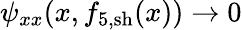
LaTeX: \psi_{xx}(x,f_{5,\mathrm{sh}}(x))\to 0